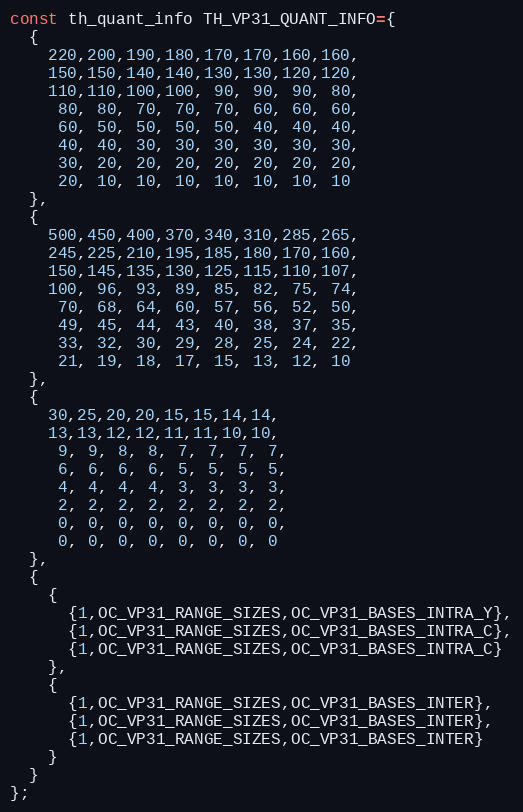
Language: C
const th_quant_info TH_VP31_QUANT_INFO={
  {
    220,200,190,180,170,170,160,160,
    150,150,140,140,130,130,120,120,
    110,110,100,100, 90, 90, 90, 80,
     80, 80, 70, 70, 70, 60, 60, 60,
     60, 50, 50, 50, 50, 40, 40, 40,
     40, 40, 30, 30, 30, 30, 30, 30,
     30, 20, 20, 20, 20, 20, 20, 20,
     20, 10, 10, 10, 10, 10, 10, 10
  },
  {
    500,450,400,370,340,310,285,265,
    245,225,210,195,185,180,170,160,
    150,145,135,130,125,115,110,107,
    100, 96, 93, 89, 85, 82, 75, 74,
     70, 68, 64, 60, 57, 56, 52, 50,
     49, 45, 44, 43, 40, 38, 37, 35,
     33, 32, 30, 29, 28, 25, 24, 22,
     21, 19, 18, 17, 15, 13, 12, 10
  },
  {
    30,25,20,20,15,15,14,14,
    13,13,12,12,11,11,10,10,
     9, 9, 8, 8, 7, 7, 7, 7,
     6, 6, 6, 6, 5, 5, 5, 5,
     4, 4, 4, 4, 3, 3, 3, 3,
     2, 2, 2, 2, 2, 2, 2, 2,
     0, 0, 0, 0, 0, 0, 0, 0,
     0, 0, 0, 0, 0, 0, 0, 0
  },
  {
    {
      {1,OC_VP31_RANGE_SIZES,OC_VP31_BASES_INTRA_Y},
      {1,OC_VP31_RANGE_SIZES,OC_VP31_BASES_INTRA_C},
      {1,OC_VP31_RANGE_SIZES,OC_VP31_BASES_INTRA_C}
    },
    {
      {1,OC_VP31_RANGE_SIZES,OC_VP31_BASES_INTER},
      {1,OC_VP31_RANGE_SIZES,OC_VP31_BASES_INTER},
      {1,OC_VP31_RANGE_SIZES,OC_VP31_BASES_INTER}
    }
  }
};